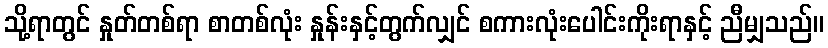
သို့ရာတွင် နှုတ်တစ်ရာ စာတစ်လုံး နှုန်းနှင့်တွက်လျှင် စကားလုံးပေါင်းကိုးရာနှင့် ညီမျှသည်။